Vaccination in Bombay 1863-1868 - 1863-1868
Year: 1863
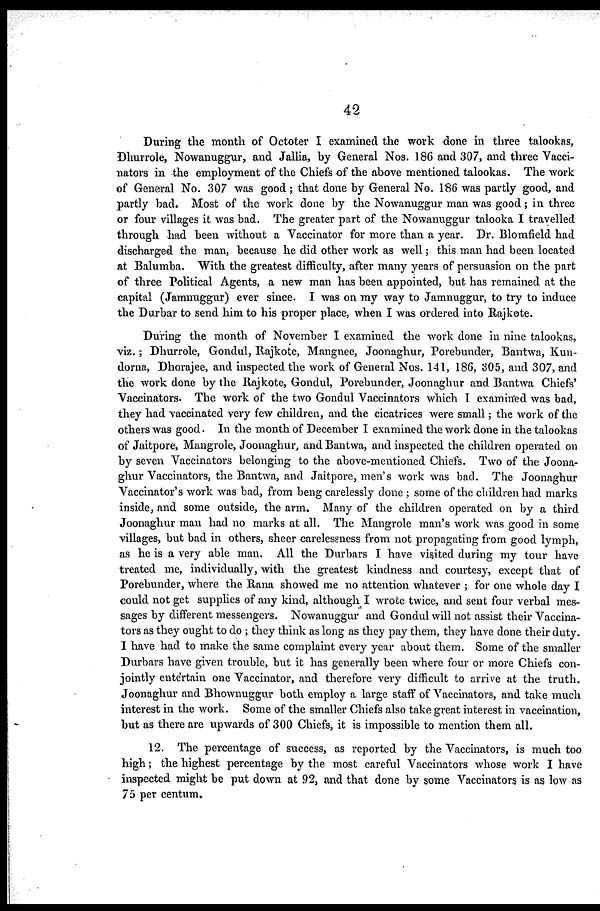
42
During the month of October I examined the work done in three talookas,
Dhurrole, Nowanuggur, and Jallia, by General Nos. 186 and 307, and three Vacci-
nators in the employment of the Chiefs of the above mentioned talookas. The work
of General No. 307 was good; that done by General No. 186 was partly good, and
partly bad. Most of the work done by the Nowanuggur man was good; in three
or four villages it was bad. The greater part of the Nowanuggur talooka I travelled
through had been without a Vaccinator for more than a year. Dr. Blomfield had
discharged the man, because he did other work as well; this man had been located
at Balumba. With the greatest difficulty, after many years of persuasion on the part
of three Political Agents, a new man has been appointed, but has remained at the
capital (Jamnuggur) ever since. I was on my way to Jamnuggur, to try to induce
the Durbar to send him to his proper place, when I was ordered into Rajkote.
During the month of November I examined the work done in nine talookas,
viz.; Dhurrole, Gondul, Rajkote, Mangnee, Joonaghur, Porebunder, Bantwa, Kun-
dorna, Dhorajee, and inspected the work of General Nos. 141, 186, 305, and 307, and
the work done by the Rajkote, Gondul, Porebunder, Joonaghur and Bantwa Chiefs'
Vaccinators. The work of the two Gondul Vaccinators which I examined was bad,
they had vaccinated very few children, and the cicatrices were small; the work of the
others was good. In the month of December I examined the work done in the talookas
of Jaitpore, Mangrole, Joonaghur, and Bantwa, and inspected the children operated on
by seven Vaccinators belonging to the above-mentioned Chiefs. Two of the Joona-
ghur Vaccinators, the Bantwa, and Jaitpore, men's work was bad. The Joonaghur
Vaccinator's work was bad, from beng carelessly done ; some of the children had marks
inside, and some outside, the arm. Many of the children operated on by a third
Joonaghur man had no marks at all. The Mangrole man's work was good in some
villages, but bad in others, sheer carelessness from not propagating from good lymph,
as he is a very able man. All the Durbars I have visited during my tour have
treated me, individually, with the greatest kindness and courtesy, except that of
Porebunder, where the Rana showed me no attention whatever ; for one whole day I
could not get supplies of any kind, although I wrote twice, and sent four verbal mes-
sages by different messengers. Nowanuggur and Gondul will not assist their Vaccina-
tors as they ought to do ; they think as long as they pay them, they have done their duty.
I have had to make the same complaint every year about them. Some of the smaller
Durbars have given trouble, but it has generally been where four or more Chiefs con-
jointly entertain one Vaccinator, and therefore very difficult to arrive at the truth.
Joonaghur and Bhownuggur both employ a large staff of Vaccinators, and take much
interest in the work. Some of the smaller Chiefs also take great interest in vaccination,
but as there are upwards of 300 Chiefs, it is impossible to mention them all.
12. The percentage of success, as reported by the Vaccinators, is much too
high; the highest percentage by the most careful Vaccinators whose work I have
inspected might be put down at 92, and that done by some Vaccinators is as low as
75 per centum.